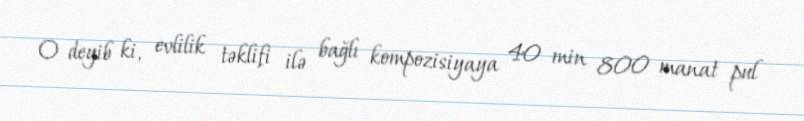
O deyib ki, evlilik təklifi ilə bağlı kompozisiyaya 40 min 800 manat pul